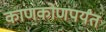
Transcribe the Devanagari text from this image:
काणकोणपर्यंत